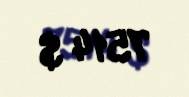
7514 $